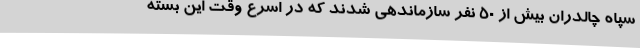
سپاه چالدران بیش از 50 نفر سازماندهی شدند که در اسرع وقت این بسته